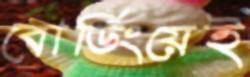
বোর্ডিংয়েই